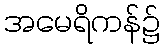
အမေရိကန်၌